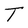
Character: T